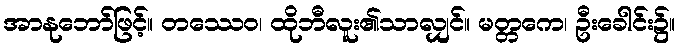
အာနုဘော်ဖြင့်။ တဿေဝ၊ ထိုဘီလူး၏သာလျှင်။ မတ္တကေ၊ ဦးခေါင်း၌။